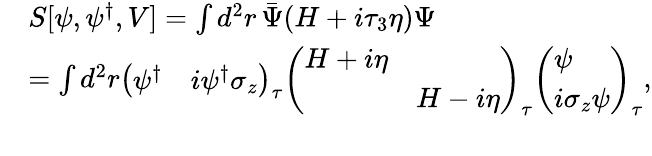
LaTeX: \begin{array}{rl}&{S[\psi,{\psi}^{\dagger},V]=\int d^{2}r\, \bar{\Psi}({H}+i\tau_{3}\eta)\Psi}\\ &{=\int d^{2}r\left(\begin{array}{ll}{\psi^{\dagger}}&{i\psi^{\dagger}\sigma_{z}}\end{array}\right)_{\tau}\left(\begin{array}{ll}{H+i\eta}&\\ &{H-i\eta}\end{array}\right)_{\tau}\left(\begin{array}{l}{\psi}\\ {i\sigma_{z}\psi}\end{array}\right)_{\tau},}\\ &{}\end{array}